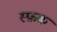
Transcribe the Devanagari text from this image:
स्फ़क